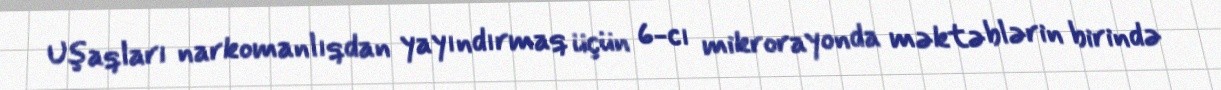
Uşaqları narkomanlıqdan yayındırmaq üçün 6-cı mikrorayonda məktəblərin birində